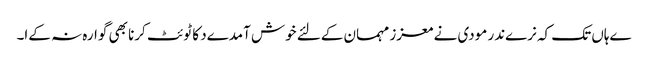
ےہاں تک کہ نرےندر مودی نے معزز مہمان کےلئے خوش آمدےد کا ٹوئٹ کرنا بھی گوارہ نہ کےا۔